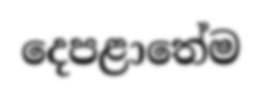
දෙපළාතේම